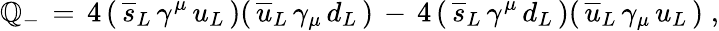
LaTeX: \mathbb{Q}_{-}\, =\, 4\, (\, \overline{{{{s}}}}_{L}\, \gamma^{\mu}\, u_{L}\, )(\, \overline{{{{u}}}}_{L}\, \gamma_{\mu}\, d_{L}\, )\, -\, 4\, (\, \overline{{{{s}}}}_{L}\, \gamma^{\mu}\, d_{L}\, )(\, \overline{{{{u}}}}_{L}\, \gamma_{\mu}\, u_{L}\, )\; ,